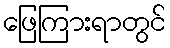
ဖြေကြားရာတွင်